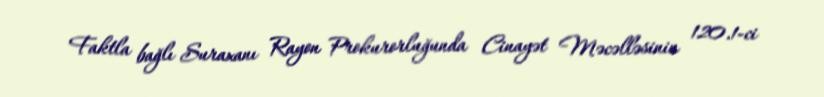
Faktla bağlı Suraxanı Rayon Prokurorluğunda Cinayət Məcəlləsinin 120.1-ci